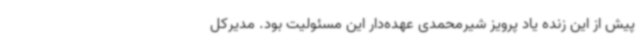
پیش از این زنده یاد پرویز شیرمحمدی عهده‌دار این مسئولیت بود. مدیرکل